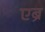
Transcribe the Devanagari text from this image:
एब्रे